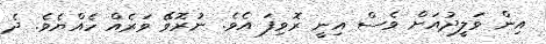
އިން ވަލީދުއަށް ވެސް އިނީ ރޮވިފަ އެވެ. ނުރޮވޭ ވަރެއް ހެއްޔެވެ. ދެ